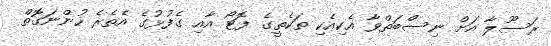
ރަސޫލާ އަށް ނިސްބަތްވާ އެކިއެކި ތަކެތީގެ ފޮޓޯ އާއި ގެފުޅުގެ އެތެރެ ހުންނަގޮތް